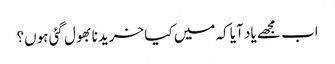
اب مجھے یاد آیا کہ میں کیا خریدنا بھول گئی ہوں؟